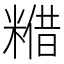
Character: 𮇴